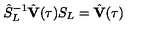
\hat { S } _ { L } ^ { - 1 } \hat { \bf V } ( \tau ) S _ { L } = \hat { \bf V } ( \tau )